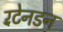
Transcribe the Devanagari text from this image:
रॅटेनडन